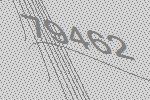
79462